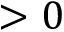
> 0